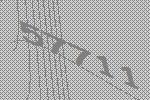
57711